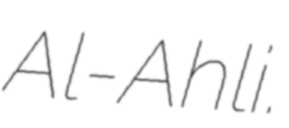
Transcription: Al-Ahli.